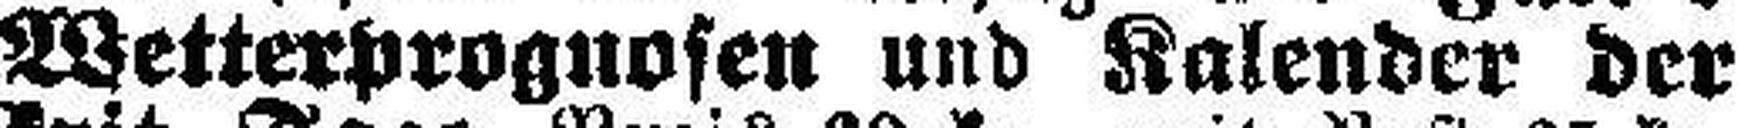
Wetterprognosen und Kalender der